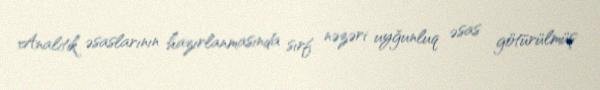
Analitik əsaslarının hazırlanmasında sırf nəzəri uyğunluq əsas götürülmüş